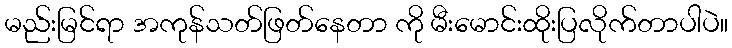
မည်းမြင်ရာ အကုန်သတ်ဖြတ်နေတာ ကို မီးမောင်းထိုးပြလိုက်တာပါပဲ။